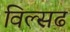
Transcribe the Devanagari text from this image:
विल्सढ